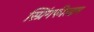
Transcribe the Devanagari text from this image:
स्प्रिंगफील्डम